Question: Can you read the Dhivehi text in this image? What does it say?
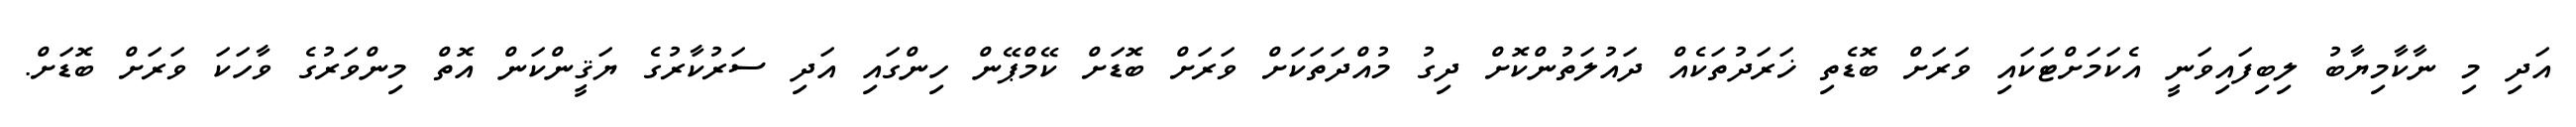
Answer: އަދި މި ނާކާމިޔާބު ލިބިފައިވަނީ އެކަމަށްޓަކައި ވަރަށް ބޮޑެތި ޚަރަދުތަކެއް ދައުލަތުންކޮށް ދިގު މުއްދަތަކަށް ވަރަށް ބޮޑަށް ކޭމްޕޭން ހިންގައި އަދި ސަރުކާރުގެ ޔަޤީންކަން އޮތް މިންވަރުގެ ވާހަކަ ވަރަށް ބޮޑަށް.